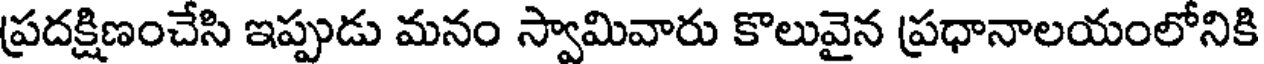
ప్రదక్షిణంచేసి ఇప్పుడు మనం స్వామివారు కొలువైన ప్రధానాలయంలోనికి